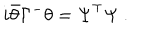
i \bar { \theta } \Gamma ^ { - } \theta = \Psi ^ { \top } \Psi \ .